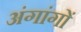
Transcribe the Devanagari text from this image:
अंगांगों